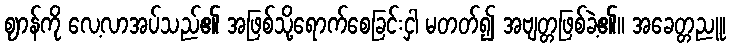
ဈာန်ကို လေ့လာအပ်သည်၏ အဖြစ်သို့ရောက်စေခြင်းငှါ မတတ်၍ အဗျတ္တဖြစ်ခဲ့၏။ အခေတ္တညူ၊